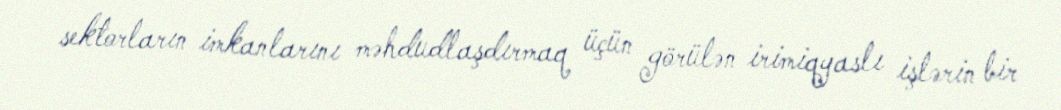
sektorların imkanlarını məhdudlaşdırmaq üçün görülən irimiqyaslı işlərin bir